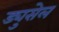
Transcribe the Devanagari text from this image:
ड्युसेल